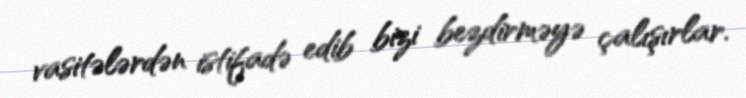
vasitələrdən istifadə edib bizi bezdirməyə çalışırlar.